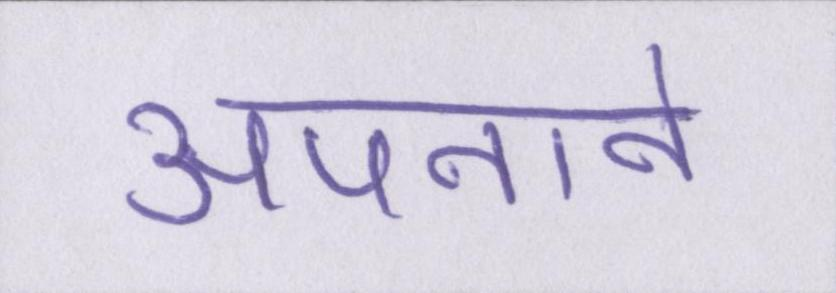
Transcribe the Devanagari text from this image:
अपनाने